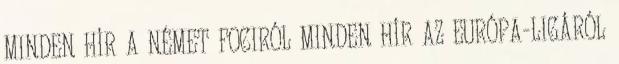
MINDEN HÍR A NÉMET FOCIRÓL MINDEN HÍR AZ EURÓPA-LIGÁRÓL